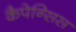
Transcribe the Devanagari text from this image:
कैपेन्सिस